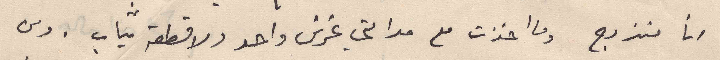
انا متزوج وما اخذت مع مدامتي غرش واحد ولا قطعة تياب . ومن